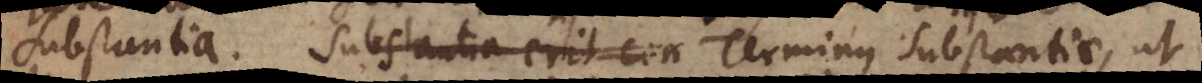
substantia. Substantia erit con Terminus Substantiae, ut